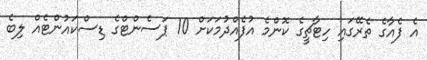
އެ ފެއާގެ ތެރޭގައި ހިޓާޗީގެ ކޮންމެ އުފެއްދުމަކަށް 10 ޕަސެންޓްގެ ޑިސްކައުންޓެއް ލިބެ